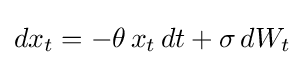
dx_{t}=-\theta \,x_{t}\,dt+\sigma \,dW_{t}